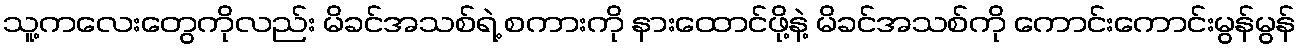
သူ့ကလေးတွေကိုလည်း မိခင်အသစ်ရဲ့ စကားကို နားထောင်ဖို့နဲ့ မိခင်အသစ်ကို ကောင်းကောင်းမွန်မွန်